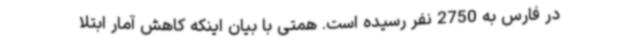
در فارس به 2750 نفر رسیده است. همتی با بیان اینکه کاهش آمار ابتلا